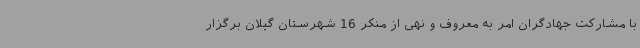
با مشارکت جهادگران امر به معروف و نهی از منکر 16 شهرستان گیلان برگزار